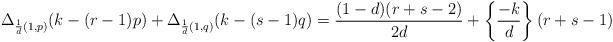
LaTeX: \begin{align*}\begin{aligned}&\Delta_{\frac{1}{d}(1,p)}(k-(r-1)p)+\Delta_{\frac{1}{d}(1,q)}(k-(s-1)q)=\frac{(1-d)(r+s-2)}{2d}+\left\{\frac{-k}{d}\right\}(r+s-1)\end{aligned}\end{align*}